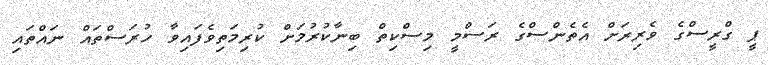
ޕީ ގްރީސްގެ ވެރިރަށް އެތެންސްގެ ރަސްމީ މިސްކިތް ބިނާކުރުމަށް ކުރިމަތިވެފައިވާ ހުރަސްތައް ނައްތައި